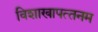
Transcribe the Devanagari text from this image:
विशाखापत्‍तनम